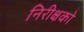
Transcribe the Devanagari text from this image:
निरीक्षको